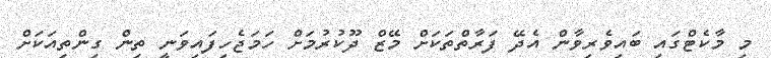
މި މާކެޓްގައި ބައިވެރިވާން އެދޭ ފަރާތްތަކަށް މޭޒް ދޫކުރުމަށް ހަމަޖެހިފައިވަނީ ތިން ގިންތިއަކަށް